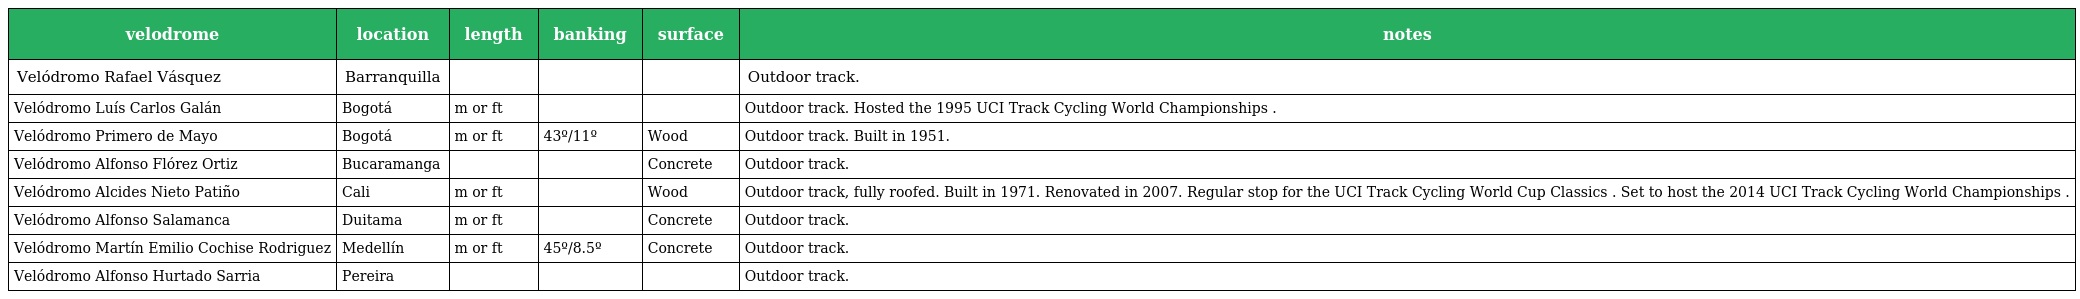
| velodrome | location | length | banking | surface | notes |
 | --- | --- | --- | --- | --- | --- |
 | Velódromo Rafael Vásquez | Barranquilla |  |  |  | Outdoor track. |
 | Velódromo Luís Carlos Galán | Bogotá | m or ft |  |  | Outdoor track. Hosted the 1995 UCI Track Cycling World Championships . |
 | Velódromo Primero de Mayo | Bogotá | m or ft | 43º/11º | Wood | Outdoor track. Built in 1951. |
 | Velódromo Alfonso Flórez Ortiz | Bucaramanga |  |  | Concrete | Outdoor track. |
 | Velódromo Alcides Nieto Patiño | Cali | m or ft |  | Wood | Outdoor track, fully roofed. Built in 1971. Renovated in 2007. Regular stop for the UCI Track Cycling World Cup Classics . Set to host the 2014 UCI Track Cycling World Championships . |
 | Velódromo Alfonso Salamanca | Duitama | m or ft |  | Concrete | Outdoor track. |
 | Velódromo Martín Emilio Cochise Rodriguez | Medellín | m or ft | 45º/8.5º | Concrete | Outdoor track. |
 | Velódromo Alfonso Hurtado Sarria | Pereira |  |  |  | Outdoor track. |